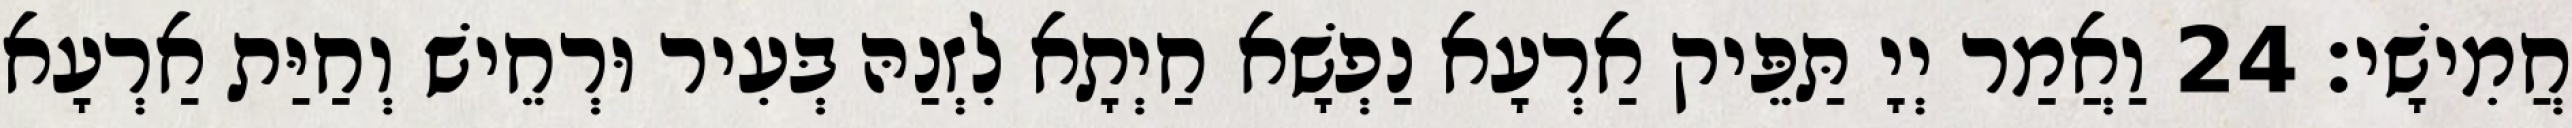
חֲמִישָׁי׃ 24 וַאֲמַר יְיָ תַּפֵּיק אַרְעָא נַפְשָׁא חַיְתָא לִזְנַהּ בְּעִיר וּרְחֵישׁ וְחַיַּת אַרְעָא